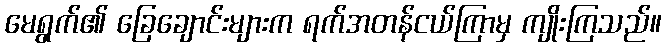
မေရွက်၏ ခြေချောင်းများက ရက်အတန်ငယ်ကြာမှ ကျိုးကြသည်။